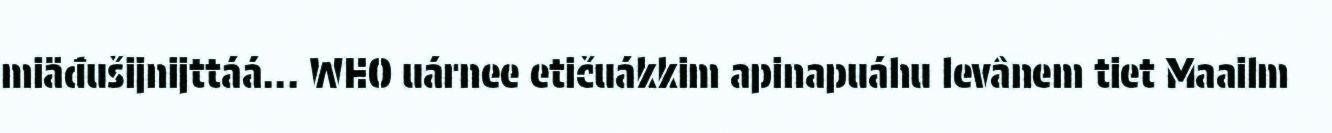
miäđušijnijttáá... WHO uárnee etičuákkim apinapuáhu levânem tiet Maailm